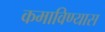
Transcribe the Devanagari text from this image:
कमाविण्यास